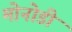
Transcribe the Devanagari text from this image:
मोनोडी